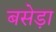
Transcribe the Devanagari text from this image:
बसेड़ा